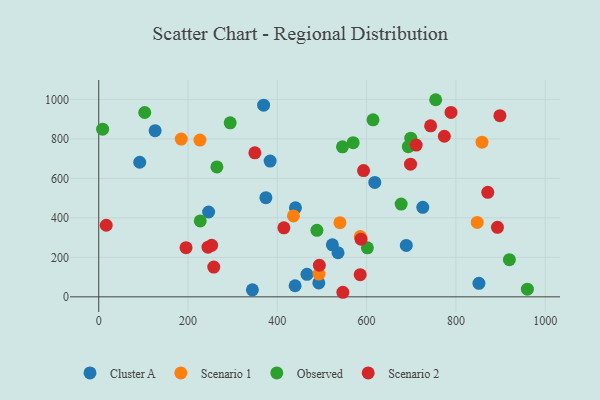
{"axis": {"x": "Price", "y": "Demand"}, "legend": ["Cluster A", "Observed", "Scenario 1", "Scenario 2"], "data": [{"x": "126.3", "y": 841.7, "type": "Cluster A"}, {"x": "383.9", "y": 687.5, "type": "Cluster A"}, {"x": "688.9", "y": 260.5, "type": "Cluster A"}, {"x": "851.6", "y": 68.5, "type": "Cluster A"}, {"x": "439.8", "y": 56.2, "type": "Cluster A"}, {"x": "440.6", "y": 451.0, "type": "Cluster A"}, {"x": "246.1", "y": 429.8, "type": "Cluster A"}, {"x": "523.3", "y": 263.6, "type": "Cluster A"}, {"x": "466.4", "y": 113.9, "type": "Cluster A"}, {"x": "618.3", "y": 579.6, "type": "Cluster A"}, {"x": "725.8", "y": 453.5, "type": "Cluster A"}, {"x": "492.9", "y": 70.3, "type": "Cluster A"}, {"x": "91.8", "y": 681.8, "type": "Cluster A"}, {"x": "369.3", "y": 971.0, "type": "Cluster A"}, {"x": "374.4", "y": 502.2, "type": "Cluster A"}, {"x": "536.0", "y": 223.3, "type": "Cluster A"}, {"x": "344.2", "y": 35.5, "type": "Cluster A"}, {"x": "858.4", "y": 783.4, "type": "Scenario 1"}, {"x": "493.3", "y": 115.1, "type": "Scenario 1"}, {"x": "585.9", "y": 305.1, "type": "Scenario 1"}, {"x": "226.7", "y": 793.8, "type": "Scenario 1"}, {"x": "184.8", "y": 799.0, "type": "Scenario 1"}, {"x": "540.2", "y": 375.7, "type": "Scenario 1"}, {"x": "436.1", "y": 409.8, "type": "Scenario 1"}, {"x": "847.7", "y": 376.9, "type": "Scenario 1"}, {"x": "8.7", "y": 849.1, "type": "Observed"}, {"x": "693.4", "y": 760.7, "type": "Observed"}, {"x": "698.9", "y": 803.8, "type": "Observed"}, {"x": "919.8", "y": 188.1, "type": "Observed"}, {"x": "294.4", "y": 881.6, "type": "Observed"}, {"x": "103.0", "y": 933.8, "type": "Observed"}, {"x": "264.6", "y": 658.2, "type": "Observed"}, {"x": "227.4", "y": 384.4, "type": "Observed"}, {"x": "545.9", "y": 760.0, "type": "Observed"}, {"x": "601.7", "y": 248.1, "type": "Observed"}, {"x": "614.4", "y": 896.5, "type": "Observed"}, {"x": "677.4", "y": 470.1, "type": "Observed"}, {"x": "488.7", "y": 336.8, "type": "Observed"}, {"x": "754.7", "y": 998.4, "type": "Observed"}, {"x": "960.1", "y": 38.9, "type": "Observed"}, {"x": "569.9", "y": 780.8, "type": "Observed"}, {"x": "244.7", "y": 251.4, "type": "Scenario 2"}, {"x": "898.6", "y": 917.5, "type": "Scenario 2"}, {"x": "494.1", "y": 159.9, "type": "Scenario 2"}, {"x": "774.1", "y": 813.5, "type": "Scenario 2"}, {"x": "585.6", "y": 112.0, "type": "Scenario 2"}, {"x": "593.1", "y": 639.6, "type": "Scenario 2"}, {"x": "414.7", "y": 349.8, "type": "Scenario 2"}, {"x": "743.3", "y": 866.4, "type": "Scenario 2"}, {"x": "195.5", "y": 249.0, "type": "Scenario 2"}, {"x": "587.5", "y": 291.9, "type": "Scenario 2"}, {"x": "789.0", "y": 934.1, "type": "Scenario 2"}, {"x": "698.3", "y": 671.8, "type": "Scenario 2"}, {"x": "257.6", "y": 150.7, "type": "Scenario 2"}, {"x": "546.8", "y": 23.1, "type": "Scenario 2"}, {"x": "871.4", "y": 529.4, "type": "Scenario 2"}, {"x": "349.7", "y": 729.6, "type": "Scenario 2"}, {"x": "893.1", "y": 351.9, "type": "Scenario 2"}, {"x": "711.0", "y": 768.7, "type": "Scenario 2"}, {"x": "252.9", "y": 260.9, "type": "Scenario 2"}, {"x": "16.8", "y": 362.5, "type": "Scenario 2"}]}